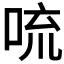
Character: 𪠻